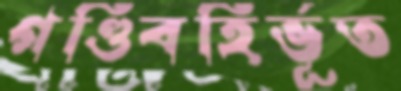
গণ্ডিবহির্ভূত